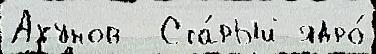
Ахунов  Ста́рый ядро́